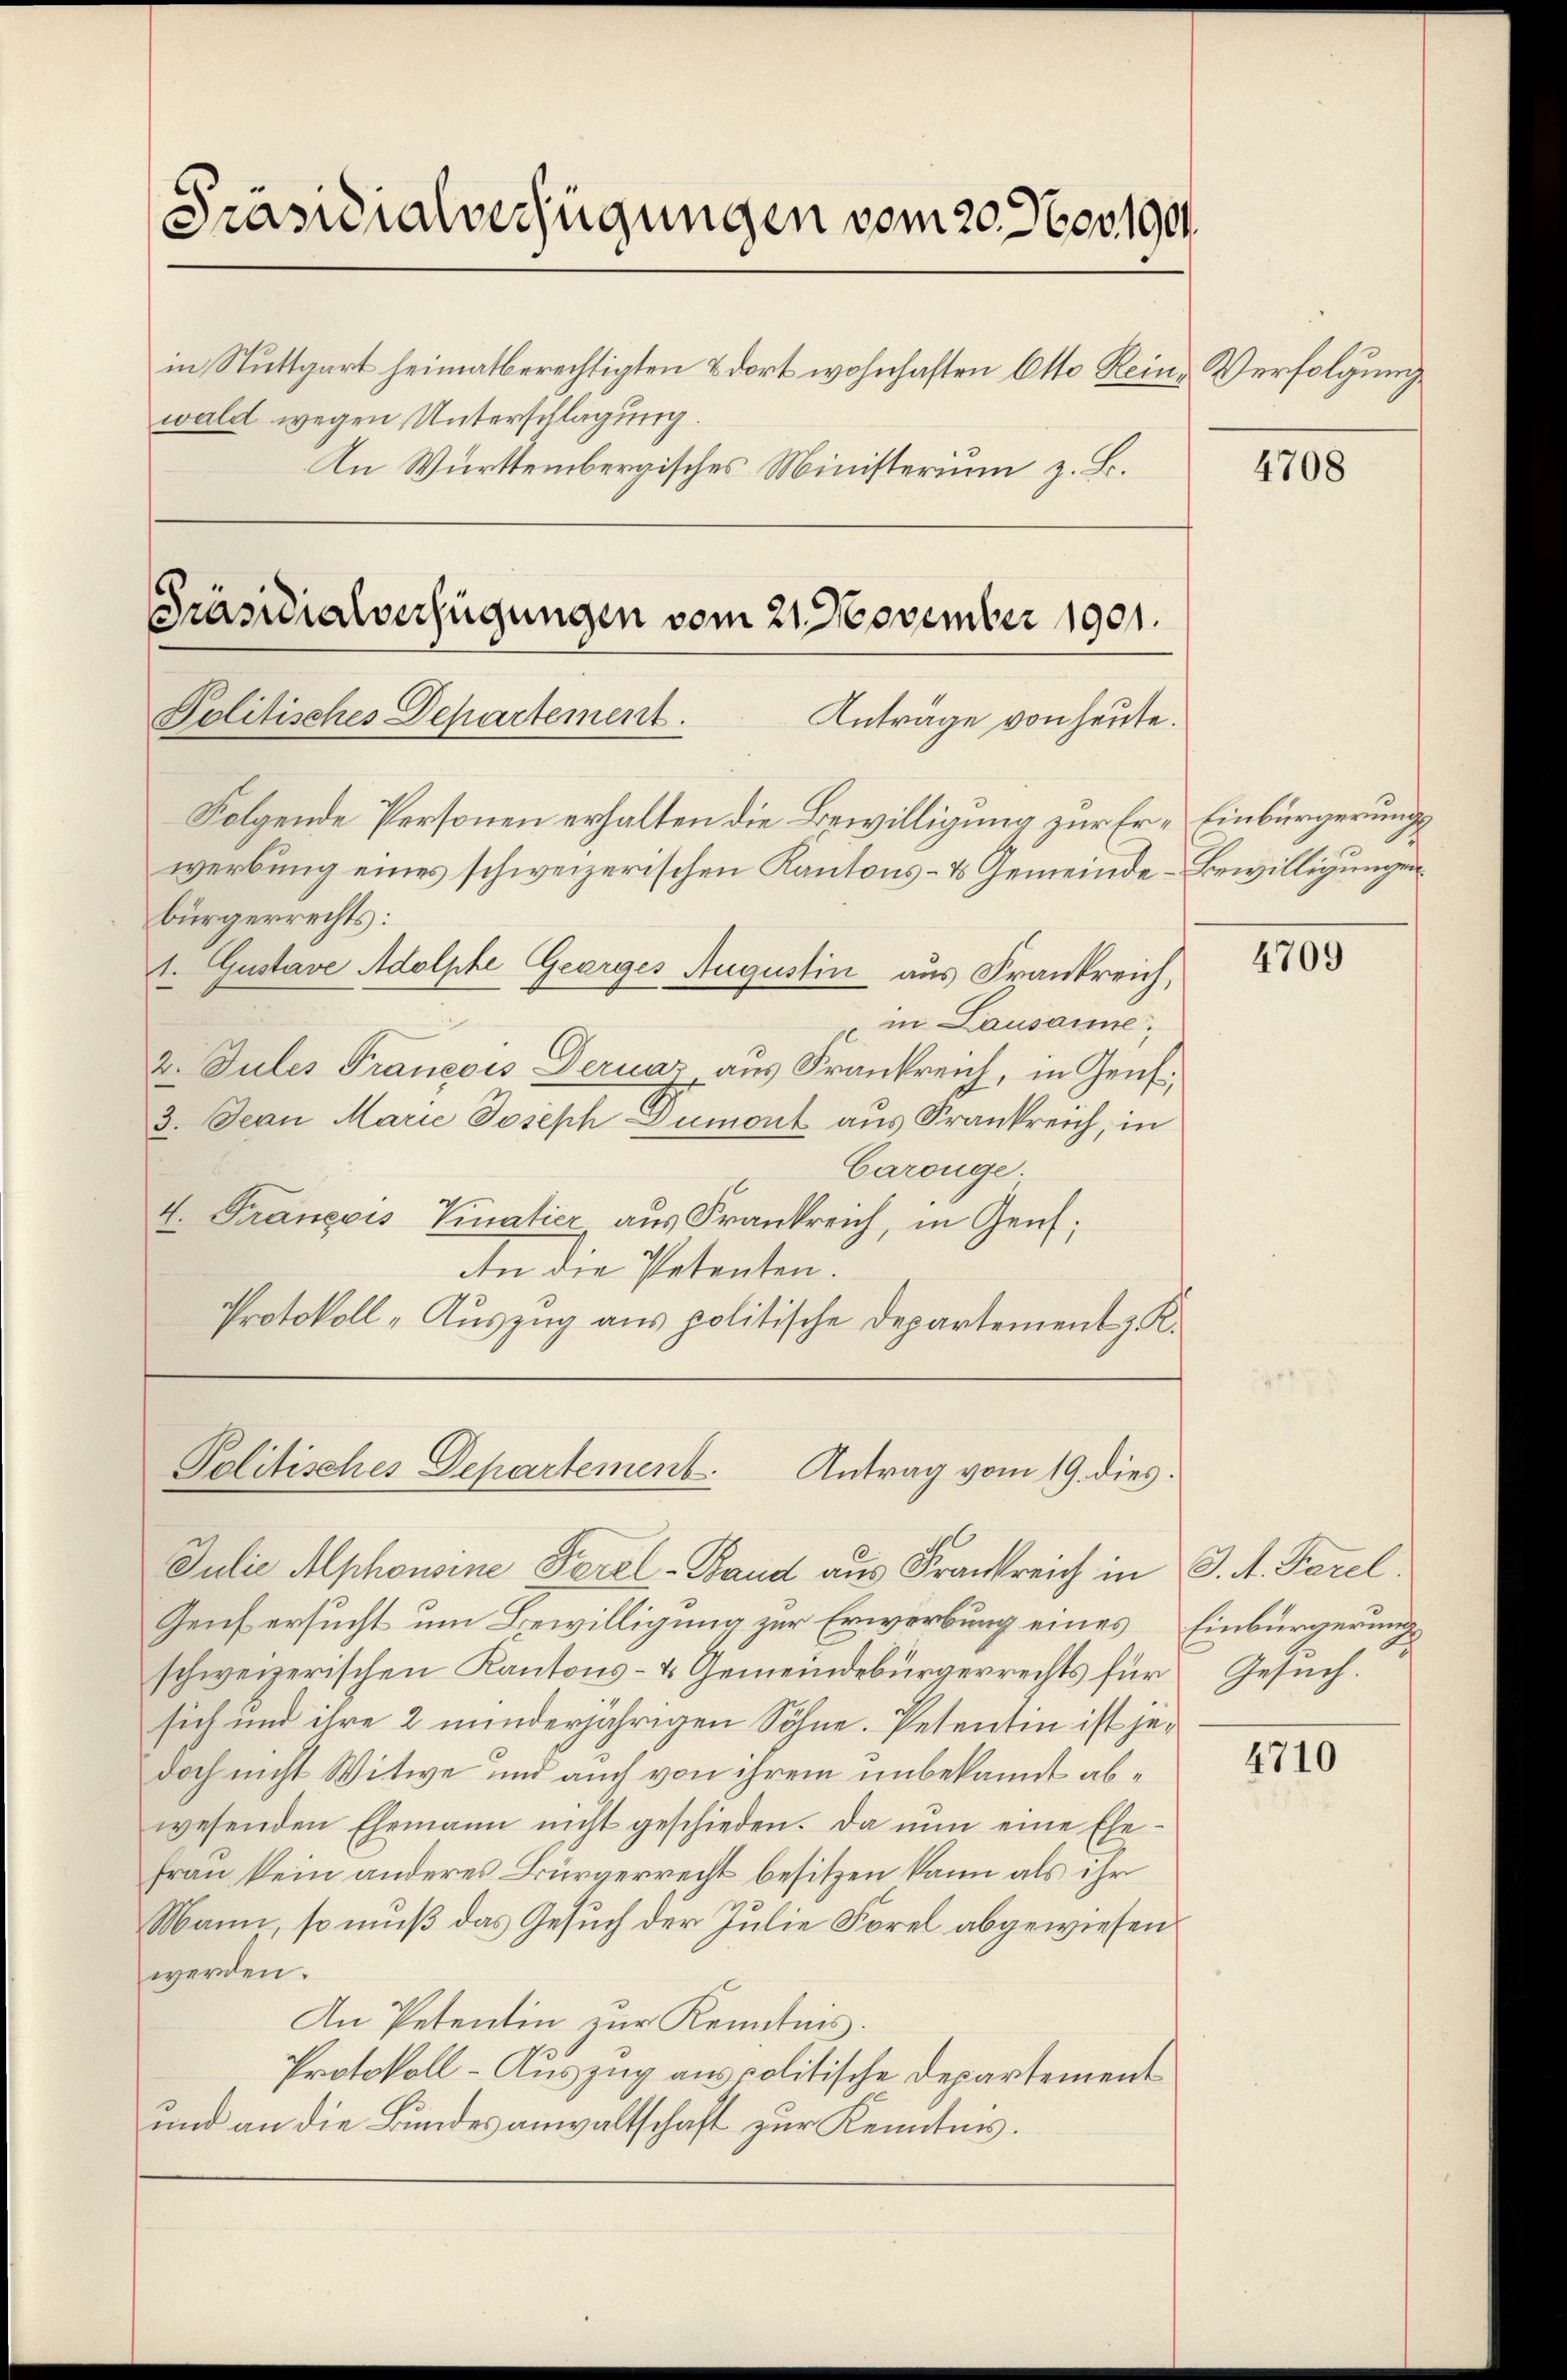
Präsidialverfügungen vom 20. Nov. 190
in Stuttgart heimatberechtigten & dort wohnhaften Otto Rein- Verfolgung
wald wegen Unterschlagung.
In Württembergisches Ministerium z. B.

Präsidialverfügungen vom 21. November 1901.
Politisches Departement.
Folgende Personen erhalten die Bewilligung zur Er- Einbürgerungs

bürgerrechts:
1. Gustave Adolphe Georges Augustin aus Frankreich,
in Lausanne
2. Julis Francois Deruaz, aus Frankreich, in Genf,
3. Jean Marie Joseph Dumont aus Krankreich, in
Carouge.
4. François Vinatier aus Frankreich, in Genf;
An die Petenten.
Protokoll „Auszug aus politische Departement z. K.

Julie Alphonsine Forel-Band aus Frankreich in J. M. Parel
Genf ersucht um Bewilligung zur Erwerbung eines Einbürgerung
schweizerischen Kantons- & Gemeindebürgerrechts für
sich und ihre 2 minderjährigen Söhne. Petentin ist jedoch nicht Witwe und auch von ihrem unbekannt abwesenden Ehemann nicht geschieden. Da nun eine Ehe-
frau kein anderes Bürgerrecht besitzen kann als ihr
Mann, so muß das Gesuch der Julie Forel abgewiesen
werden.
An Petentin zur Kenntnis.
Protokoll-Auszug aus politische Departement
und an die Bundesanwaltschaft zur Kenntnis.

werbung eines schweizerischen Kantons- & Gemeinde-Bewilligungen.

Anträge von heute.

Politisches Departement
Antrag vom 19. dies

4708

4709

Gesuch.

4710